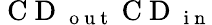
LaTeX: \mathrm{~C~D~}_{\mathrm{~o~u~t~}}\mathrm{~C~D~}_{\mathrm{~i~n~}}